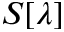
S [ \lambda ]